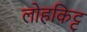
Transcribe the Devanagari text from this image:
लोहकिट्ट